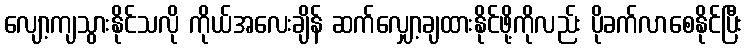
လျော့ကျသွားနိုင်သလို ကိုယ်အလေးချိန် ဆက်လျှော့ချထားနိုင်ဖို့ကိုလည်း ပိုခက်လာစေနိုင်ပြီး